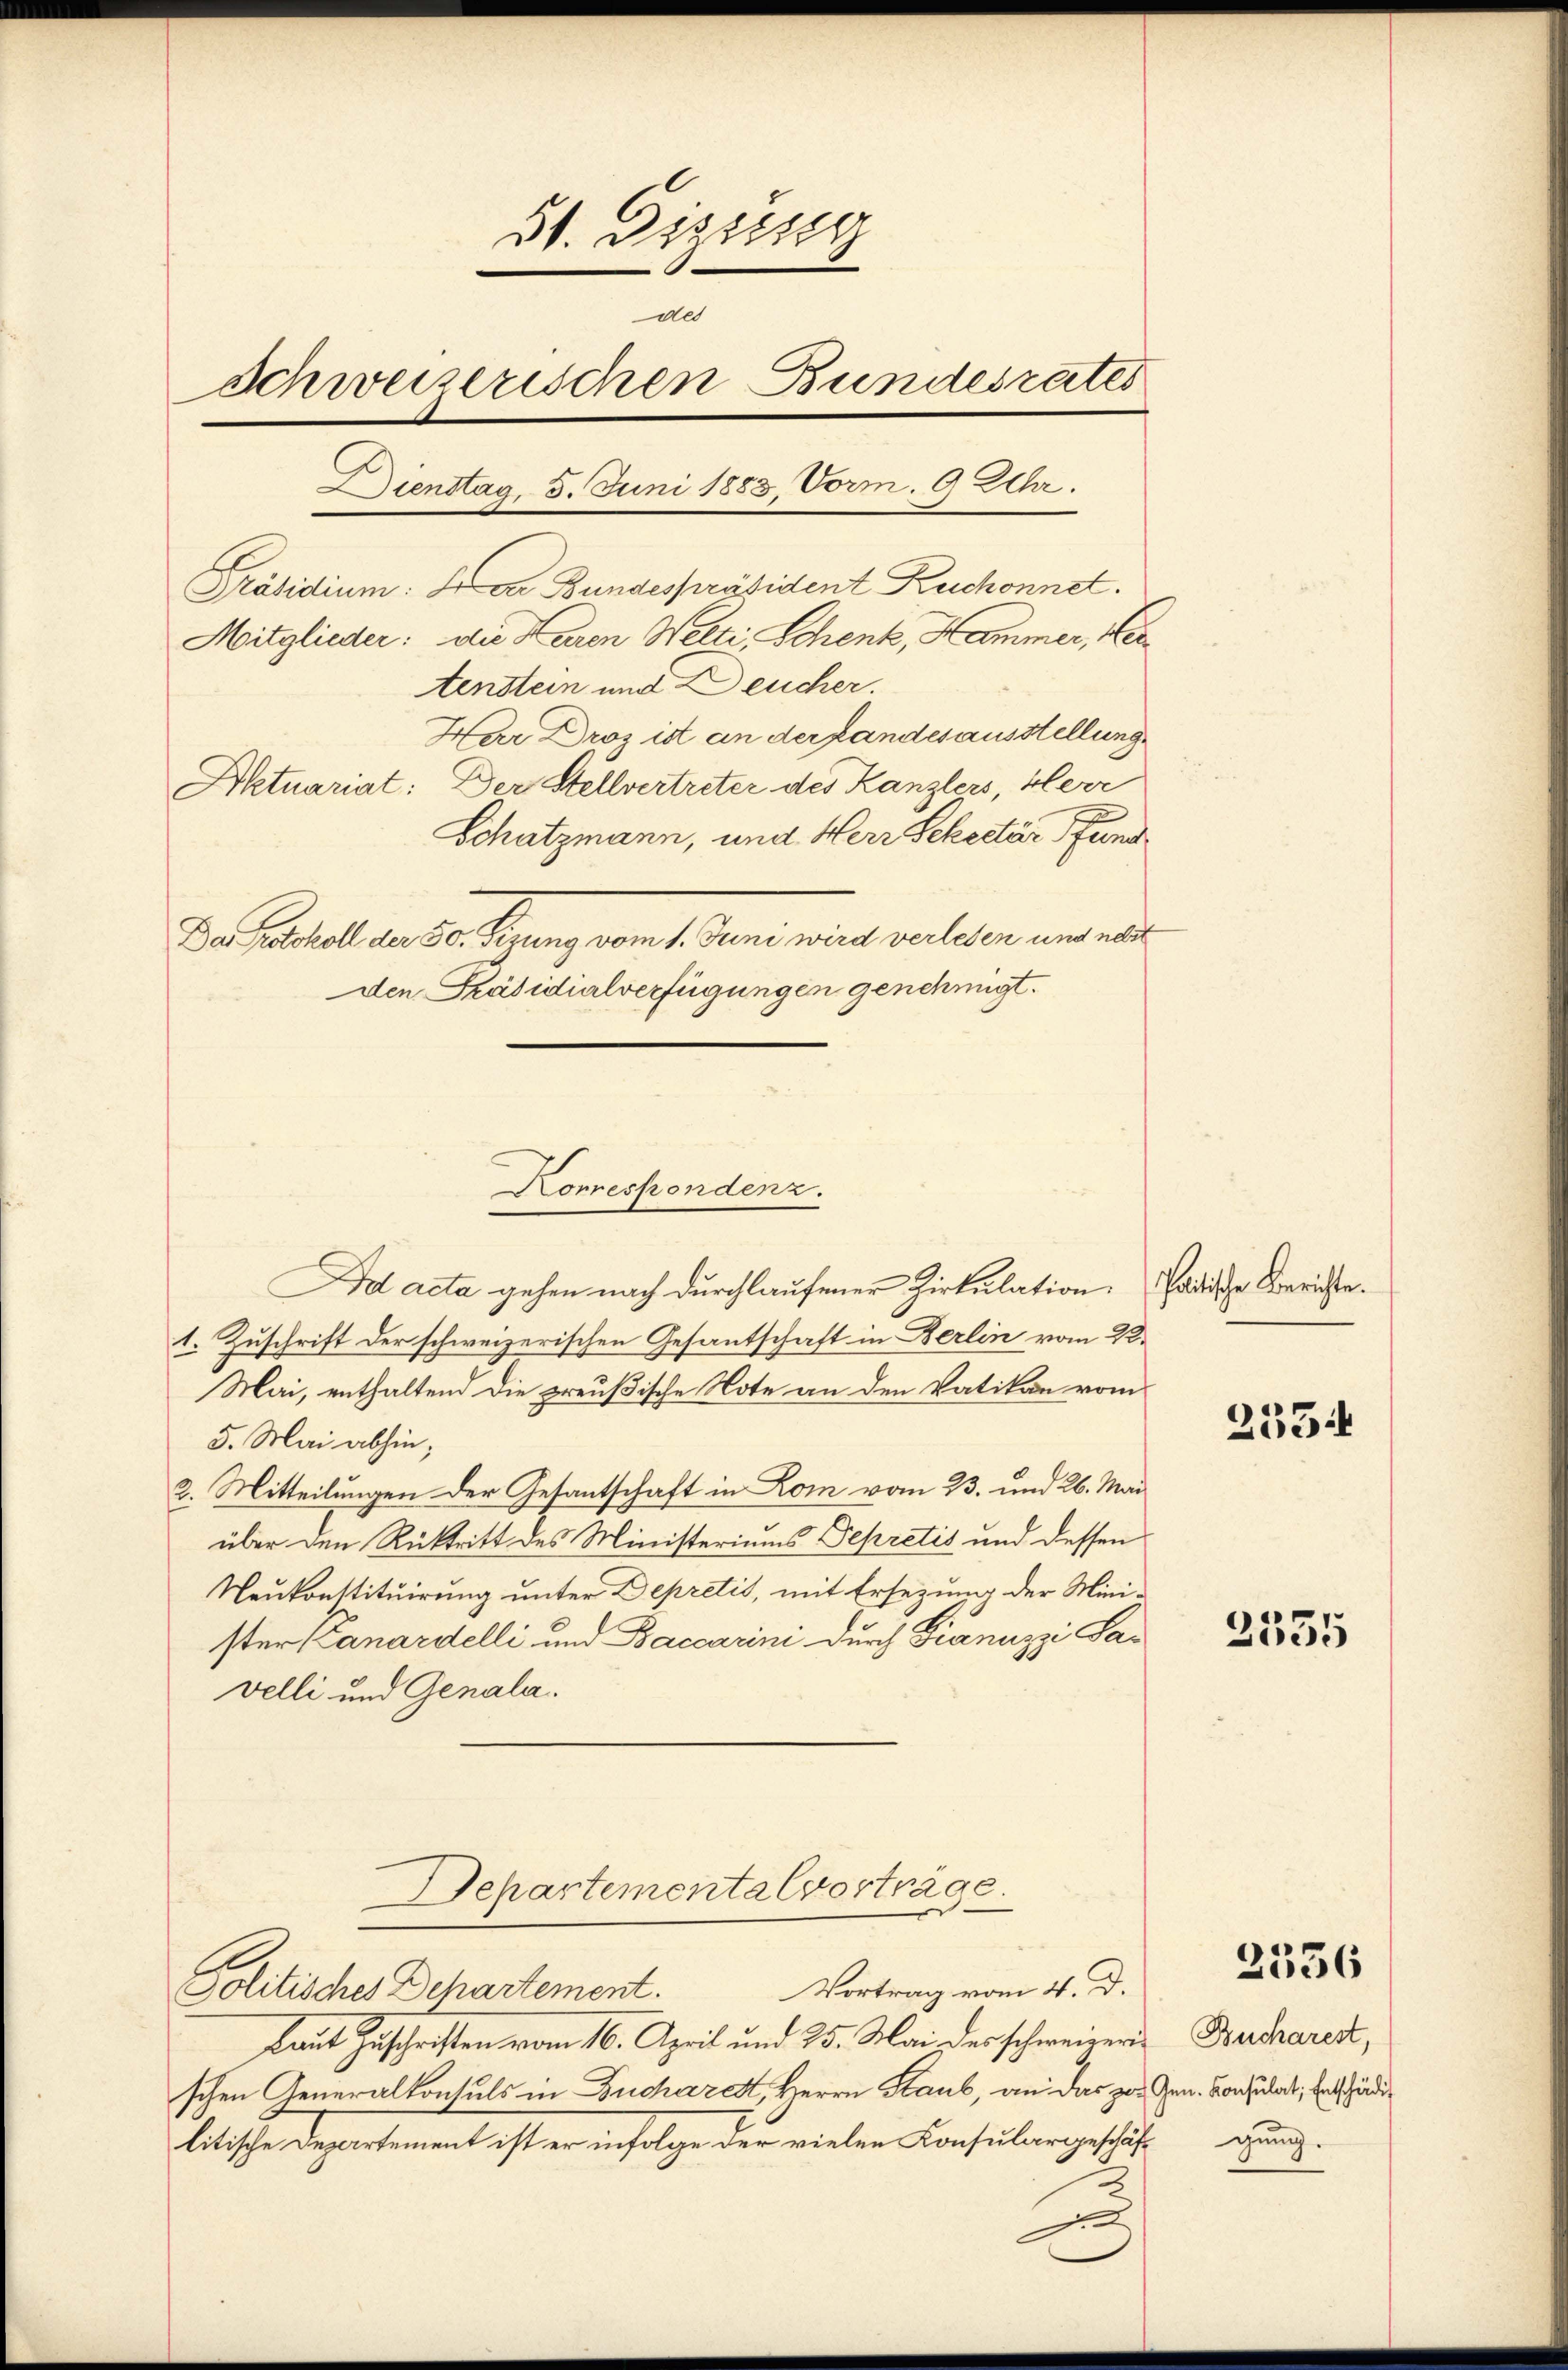
51. Dizierg
de
Schweizerischen Bundesrates
Dienstag. 5. Juni 1883, Vorm. 9 Alla.
Präsidium: dr Bundespräsident Ruchonnet.
Mitglieder: die Baron Welti, Schenk, Hammer, Her
tenstein und Leucher.
Har Droz ist an der Landesausstellung
Aktuariat: Der Stellvertreter des Kanzlers, Herr
Schatzmann, und Herr Sekretär Pfund
Der Parthalt den 20. Krung vom 1. Juni wird verledern und mit
den Präsidialverfügungen genehmigt.

Ad acta gehen nach durchlaufener Zirkulation.
1. Zuschrift der schweizerischen Gesantschaft in Berlin vom 22.
Mai, enthaltend die preußische Note an den Vatikon vom
5. Mai abhin;
2. Mitteilungen der Gesantschaft in Lom vom 23. und 26. Mai
über den Rücktritt des Ministeriums Sepretis und dessen
Neukonstituirung unter Depretis, mit Ersezung der Minister Canardelli und Baccarini durch Gianuzzi Savelli und Genala.

Korrespondenz.

Departemental vorträge
Vortrag vom 4. D.
Politisches Dehartement.

Laut Zuschriften vom 16. April und 25. Mai des schweizer Bucharent,
schen Generalkonsuls in Bucharett, Herrn Staub, an das zur Gen. Consulat, Entschädilitische Departement ist er infolge der vielen Konsulargeschäft gu
x

Paitische Berichte.

2334

2335

2536